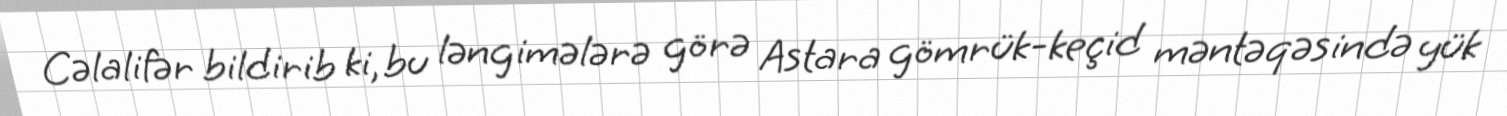
Cəlalifər bildirib ki, bu ləngimələrə görə Astara gömrük-keçid məntəqəsində yük